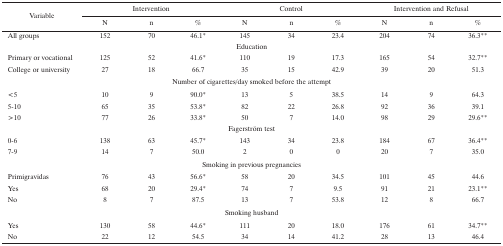
| Variable | <COLSPAN=3> Intervention | <COLSPAN=3> Control | <COLSPAN=3> Intervention and Refusal |
 |  | N | n | % | N | n | % | N | n | % |
 | --- | --- | --- | --- | --- | --- | --- | --- | --- | --- |
 | All groups | 152 | 70 | 46.1* | 145 | 34 | 23.4 | 204 | 74 | 36.3** |
 | <COLSPAN=10> Education |
 | Primary or vocational | 125 | 52 | 41.6* | 110 | 19 | 17.3 | 165 | 54 | 32.7** |
 | College or university | 27 | 18 | 66.7 | 35 | 15 | 42.9 | 39 | 20 | 51.3 |
 | <COLSPAN=10> Number of cigarettes/day smoked before the attempt |
 | <5 | 10 | 9 | 90.0* | 13 | 5 | 38.5 | 14 | 9 | 64.3 |
 | 5–10 | 65 | 35 | 53.8* | 82 | 22 | 26.8 | 92 | 36 | 39.1 |
 | >10 | 77 | 26 | 33.8* | 50 | 7 | 14.0 | 98 | 29 | 29.6** |
 | <COLSPAN=10> Fagerström test |
 | 0–6 | 138 | 63 | 45.7* | 143 | 34 | 23.8 | 184 | 67 | 36.4** |
 | 7–9 | 14 | 7 | 50.0 | 2 | 0 | 0 | 20 | 7 | 35.0 |
 | <COLSPAN=10> Smoking in previous pregnancies |
 | Primigravidas | 76 | 43 | 56.6* | 58 | 20 | 34.5 | 101 | 45 | 44.6 |
 | Yes | 68 | 20 | 29.4* | 74 | 7 | 9.5 | 91 | 21 | 23.1** |
 | No | 8 | 7 | 87.5 | 13 | 7 | 53.8 | 12 | 8 | 66.7 |
 | <COLSPAN=10> Smoking husband |
 | Yes | 130 | 58 | 44.6* | 111 | 20 | 18.0 | 176 | 61 | 34.7** |
 | No | 22 | 12 | 54.5 | 34 | 14 | 41.2 | 28 | 13 | 46.4 |